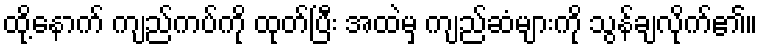
ထို့နောက် ကျည်ကပ်ကို ထုတ်ပြီး အထဲမှ ကျည်ဆံများကို သွန်ချလိုက်၏။